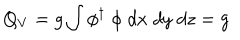
Q _ { V } = g \int \phi ^ { \dagger } \; \phi \; d x \; d y \; d z = g